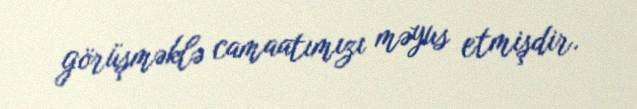
görüşməklə camaatımızı məyus etmişdir.